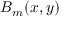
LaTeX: B _ { m } ( x , y )